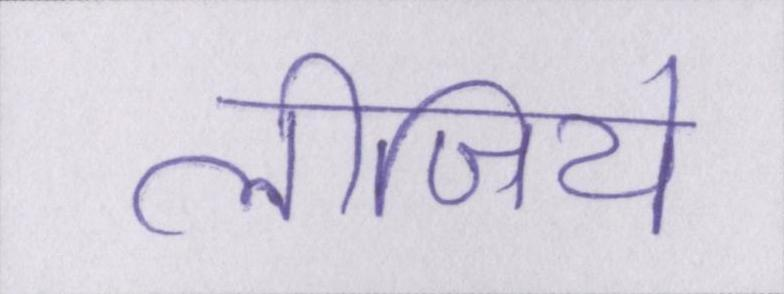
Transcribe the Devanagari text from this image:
लीजिये